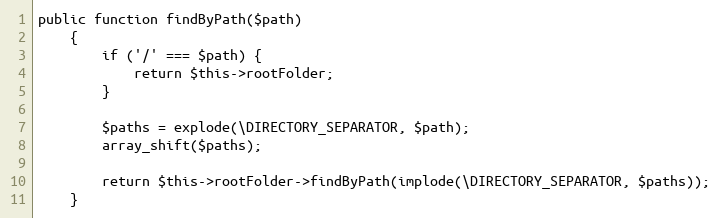
Language: PHP
public function findByPath($path)
    {
        if ('/' === $path) {
            return $this->rootFolder;
        }

        $paths = explode(\DIRECTORY_SEPARATOR, $path);
        array_shift($paths);

        return $this->rootFolder->findByPath(implode(\DIRECTORY_SEPARATOR, $paths));
    }